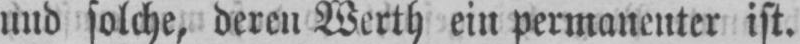
und solche, deren Werth ein permanenter ist.